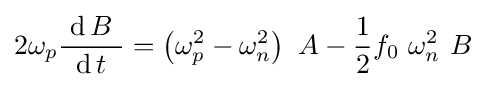
2\omega _{p}{\frac {\ \operatorname {d} B\ }{\operatorname {d} t}}=\left(\omega _{p}^{2}-\omega _{n}^{2}\right)\ A-{\frac {1}{2}}f_{0}\ \omega _{n}^{2}\ B~